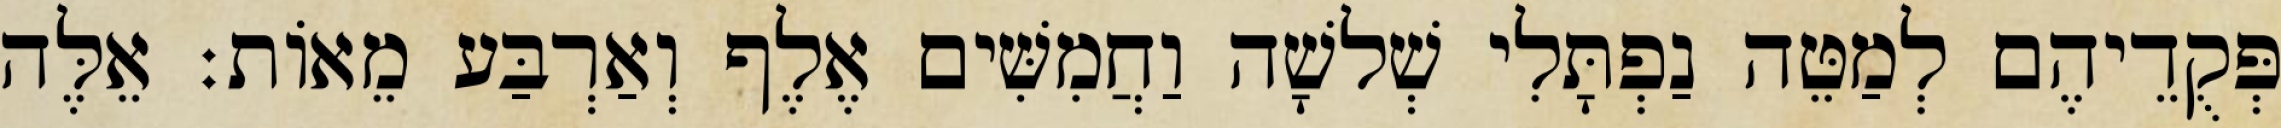
פְּקֻדֵיהֶם לְמַטֵּה נַפְתָּלִי שְׁלשָׁה וַחֲמִשִּׁים אֶלֶף וְאַרְבַּע מֵאוֹת׃ אֵלֶּה